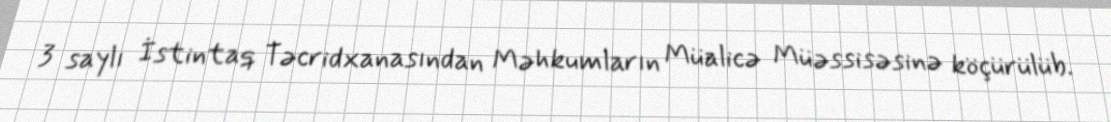
3 saylı İstintaq Təcridxanasından Məhkumların Müalicə Müəssisəsinə köçürülüb.